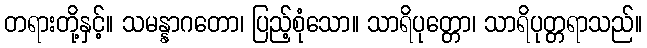
တရားတို့နှင့်။ သမန္နာဂတော၊ ပြည့်စုံသော။ သာရိပုတ္တော၊ သာရိပုတ္တရာသည်။